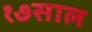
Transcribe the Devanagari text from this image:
१७साल